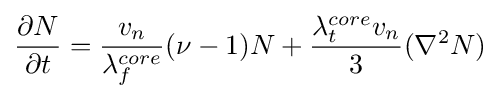
{\frac {\partial N}{\partial t}}={\frac {v_{n}}{\lambda _{f}^{core}}}(\nu -1)N+{\frac {\lambda _{t}^{core}v_{n}}{3}}(\nabla ^{2}N)